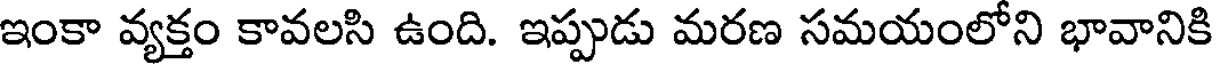
ఇంకా వ్యక్తం కావలసి ఉంది. ఇప్పుడు మరణ సమయంలోని భావానికి